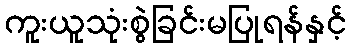
ကူးယူသုံးစွဲခြင်းမပြုရန်နှင့်